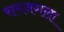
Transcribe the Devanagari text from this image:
रामनगला